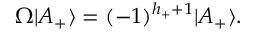
\Omega | A _ { + } \rangle = ( - 1 ) ^ { h _ { + } + 1 } | A _ { + } \rangle .